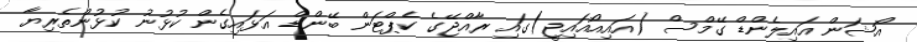
އޯޝަން އައިލެންޑް ގޭމްސް (އައިއޯއައިޖީ)ގައި ރާއްޖޭގެ ކެޕްޓަން ބޭންޑް އަޅައިގެން ކުޅުނު ކުޅުންތެރިޔާ